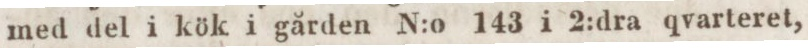
med del i kök i gården N:o 143 i 2:dra qvarteret,